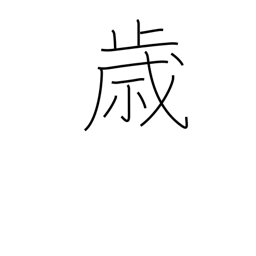
Meaning: opportunity